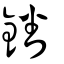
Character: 鐇